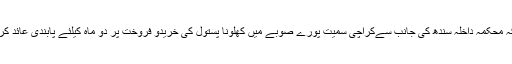
خبر یہ تھی کہ محکمہ داخلہ سندھ کی جانب سےکراچی سمیت پورے صوبے میں کھلونا پستول کی خریدو فروخت پر دو ماہ کیلئے پابندی عائد کردی گئی ہے ۔